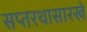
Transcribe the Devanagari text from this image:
सप्तरथासारखे